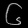
Digit: ၆